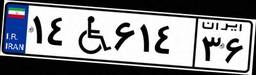
۲۵W۱۵۵۸۲